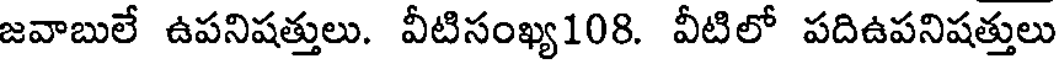
జవాబులే ఉపనిషత్తులు. వీటిసంఖ్య108. వీటిలో పదిఉపనిషత్తులు